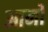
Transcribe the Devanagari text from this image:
आनों